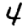
Digit: 4